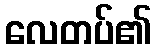
လေတပ်၏